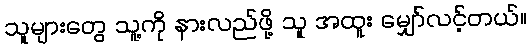
သူများတွေ သူ့ကို နားလည်ဖို့ သူ အထူး မျှော်လင့်တယ်။